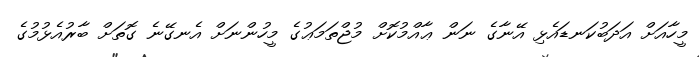
މީހާއަށް އަދަބުކަނޑައެޅި އޭނާގެ ނަން ޢާއްމުކޮށް މުޖްތަމަޢުގެ މީހުންނަށް އެނގޭނެ ގޮތަށް ބާރުއެޅުމުގެ